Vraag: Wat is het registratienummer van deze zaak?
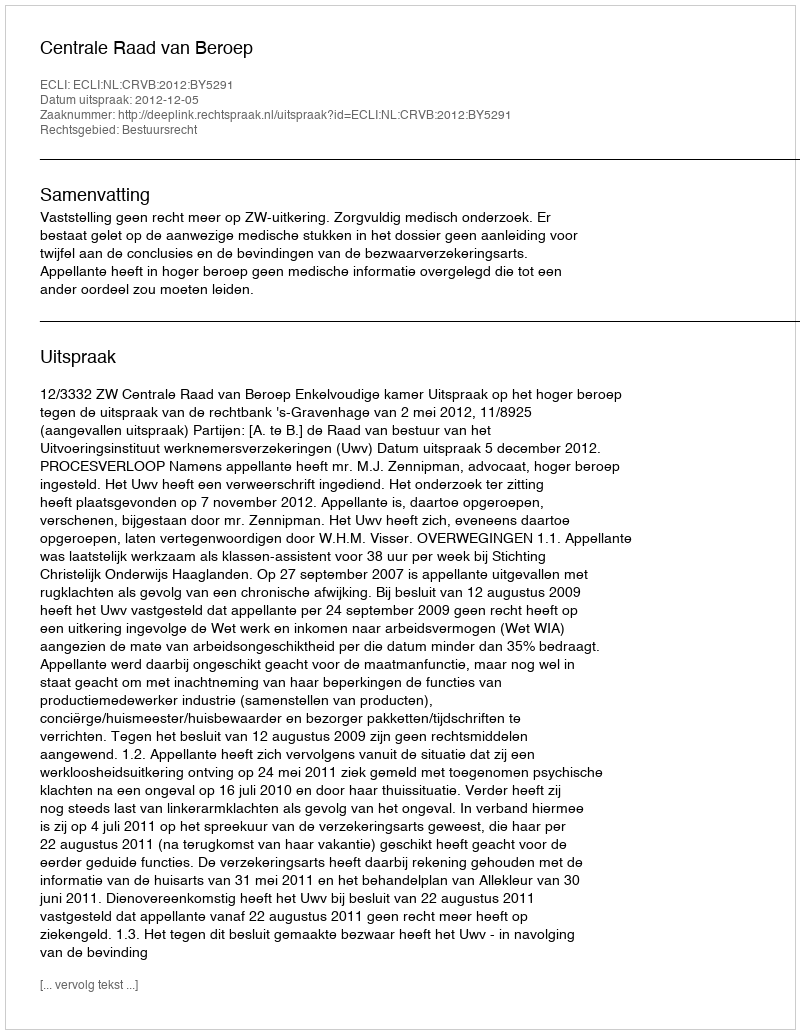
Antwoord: http://deeplink.rechtspraak.nl/uitspraak?id=ECLI:NL:CRVB:2012:BY5291